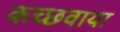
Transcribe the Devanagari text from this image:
कच्छवाया